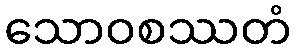
သောဝစဿတံ